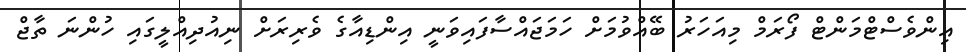
އިންވެސްޓްމަންޓް ފޯރަމް މިއަހަރު ބޭއްވުމަށް ހަމަޖައްސާފައިވަނީ އިންޑިއާގެ ވެރިރަށް ނިއުދިއްލީގައިި ހުންނަ ތާޖް